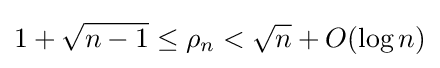
1+{\sqrt {n-1}}\leq \rho _{n}<{\sqrt {n}}+O(\log n)